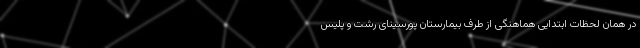
در همان لحظات ابتدایی هماهنگی از طرف بیمارستان پورسینای رشت و پلیس